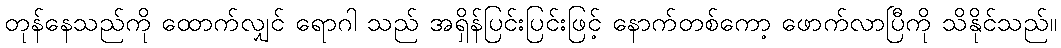
တုန်နေသည်ကို ထောက်လျှင် ရောဂါ သည် အရှိန်ပြင်းပြင်းဖြင့် နောက်တစ်ကော့ ဖောက်လာပြီကို သိနိုင်သည်။